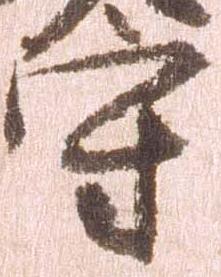
守